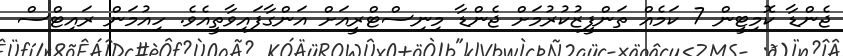
ޖެންޑާ ކޮމިޓީން 7 ކަމެއް ތަންފީޒުކުރުމަށް ޖެންޑާ މިނިސްޓްރީއަށް އަންގާފައިވާތީއެވެ. ހިއުމަން ރައިޓްސް